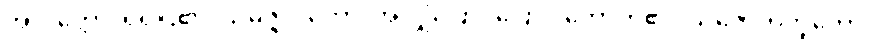
အာဒိတ္တော၊ ရဲရဲငြိ၏။ သမ္ပဇ္ဇလိကော၊ အလျှံပြောင်ပြောင် တောက်၏။ သဇောတိဘူတော၊